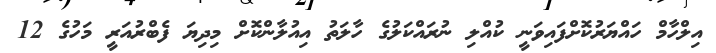
އިލްހާމް ހައްޔަރުކޮށްފައިވަނީ ކުއްލި ނުރައްކަލުގެ ހާލަތު އިއުލާންކޮށް މިދިޔަ ފެބްރުއަރީ މަހުގެ 12